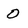
Character: 0